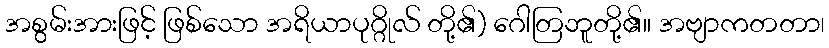
အစွမ်းအားဖြင့် ဖြစ်သော အရိယာပုဂ္ဂိုလ် တို့၏) ဂေါတြဘူတို့၏။ အဗျာကတတာ၊